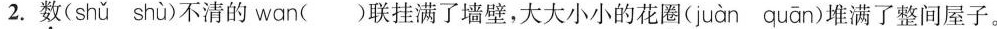
2.数( shǔ shù )不清的wan( )联挂满了墙壁，大大小小的花圈( juàn quān )堆满了整间屋子。